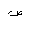
Letter: _sad